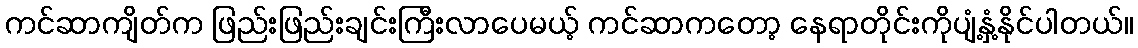
ကင်ဆာကျိတ်က ဖြည်းဖြည်းချင်းကြီးလာပေမယ့် ကင်ဆာကတော့ နေရာတိုင်းကိုပျံ့နှံ့နိုင်ပါတယ်။